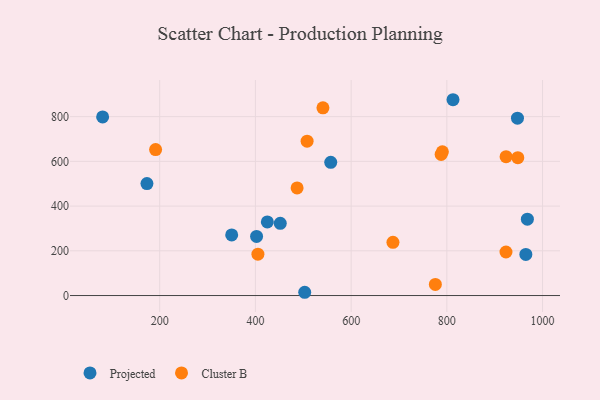
{"axis": {"x": "Ad Spend", "y": "Fuel Efficiency"}, "legend": ["Cluster B", "Projected"], "data": [{"x": "503.0", "y": 14.6, "type": "Projected"}, {"x": "451.9", "y": 322.8, "type": "Projected"}, {"x": "968.3", "y": 341.6, "type": "Projected"}, {"x": "80.7", "y": 798.6, "type": "Projected"}, {"x": "965.1", "y": 184.0, "type": "Projected"}, {"x": "424.9", "y": 329.1, "type": "Projected"}, {"x": "173.3", "y": 500.8, "type": "Projected"}, {"x": "402.4", "y": 264.5, "type": "Projected"}, {"x": "557.4", "y": 595.5, "type": "Projected"}, {"x": "350.4", "y": 271.1, "type": "Projected"}, {"x": "812.9", "y": 875.6, "type": "Projected"}, {"x": "947.6", "y": 793.2, "type": "Projected"}, {"x": "191.4", "y": 652.7, "type": "Cluster B"}, {"x": "790.7", "y": 642.5, "type": "Cluster B"}, {"x": "923.6", "y": 194.6, "type": "Cluster B"}, {"x": "687.4", "y": 237.9, "type": "Cluster B"}, {"x": "948.3", "y": 616.3, "type": "Cluster B"}, {"x": "776.0", "y": 49.8, "type": "Cluster B"}, {"x": "508.0", "y": 690.3, "type": "Cluster B"}, {"x": "923.8", "y": 620.9, "type": "Cluster B"}, {"x": "405.2", "y": 185.1, "type": "Cluster B"}, {"x": "541.1", "y": 839.6, "type": "Cluster B"}, {"x": "788.1", "y": 630.8, "type": "Cluster B"}, {"x": "487.1", "y": 481.4, "type": "Cluster B"}]}